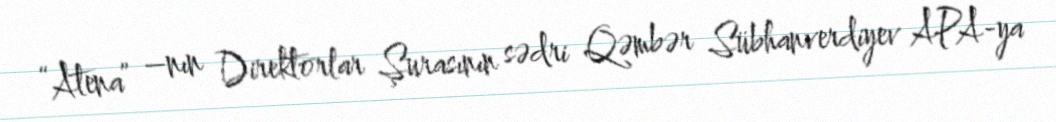
“Atena” –nın Direktorlar Şurasının sədri Qəmbər Sübhanverdiyev APA-ya